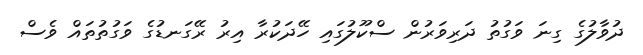
ދުވާލުގެ ގިނަ ވަގުތު ދަރިވަރުން ސްކޫލުގައި ހޭދަކުރާ އިރު ރޭގަނޑުގެ ވަގުތުތައް ވެސް